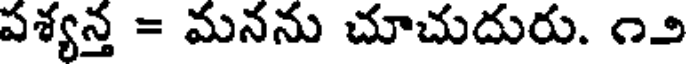
పశ్యన్త = మనను చూచుదురు. ౧౨